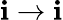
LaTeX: \mathbf{i}\rightarrow\mathbf{i}